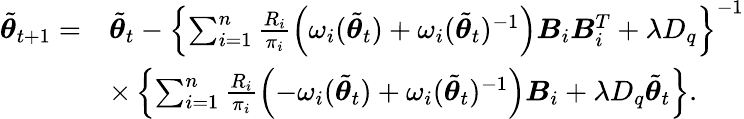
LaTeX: \begin{array}{rl}{\tilde{\boldsymbol{\theta}}_{t+1}=}&{\tilde{\boldsymbol{\theta}}_{t}-\left\{ \sum_{i=1}^{n}\frac{R_{i}}{\pi_{i}}\left(\omega_{i}(\tilde{\boldsymbol{\theta}}_{t})+\omega_{i}(\tilde{\boldsymbol{\theta}}_{t})^{-1}\right)\boldsymbol{B}_{i}\boldsymbol{B}_{i}^{T}+\lambda D_{q}\right\} ^{-1}}\\ &{\times\left\{ \sum_{i=1}^{n}\frac{R_{i}}{\pi_{i}}\left(-\omega_{i}(\tilde{\boldsymbol{\theta}}_{t})+\omega_{i}(\tilde{\boldsymbol{\theta}}_{t})^{-1}\right)\boldsymbol{B}_{i}+\lambda D_{q}\tilde{\boldsymbol{\theta}}_{t}\right\} .}\end{array}